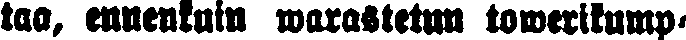
taa, ennenkuin warastetun towerikump-